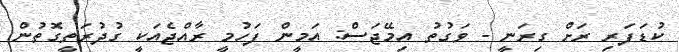
ކުޑަފަރި ރަށް ގިރަނީ - ވަގުތު އިމޭޖަސް: އަމީން ފަހުމީ ރާއްޖެއަކީ ގުދުރަތީގޮތުން